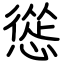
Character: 慫